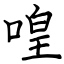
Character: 喤